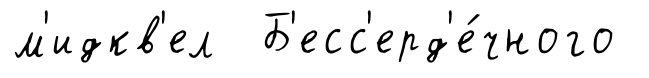
м'идкв'ел Б'есс'ерд'е́чного